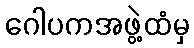
ဂေါပကအဖွဲ့ထံမှ